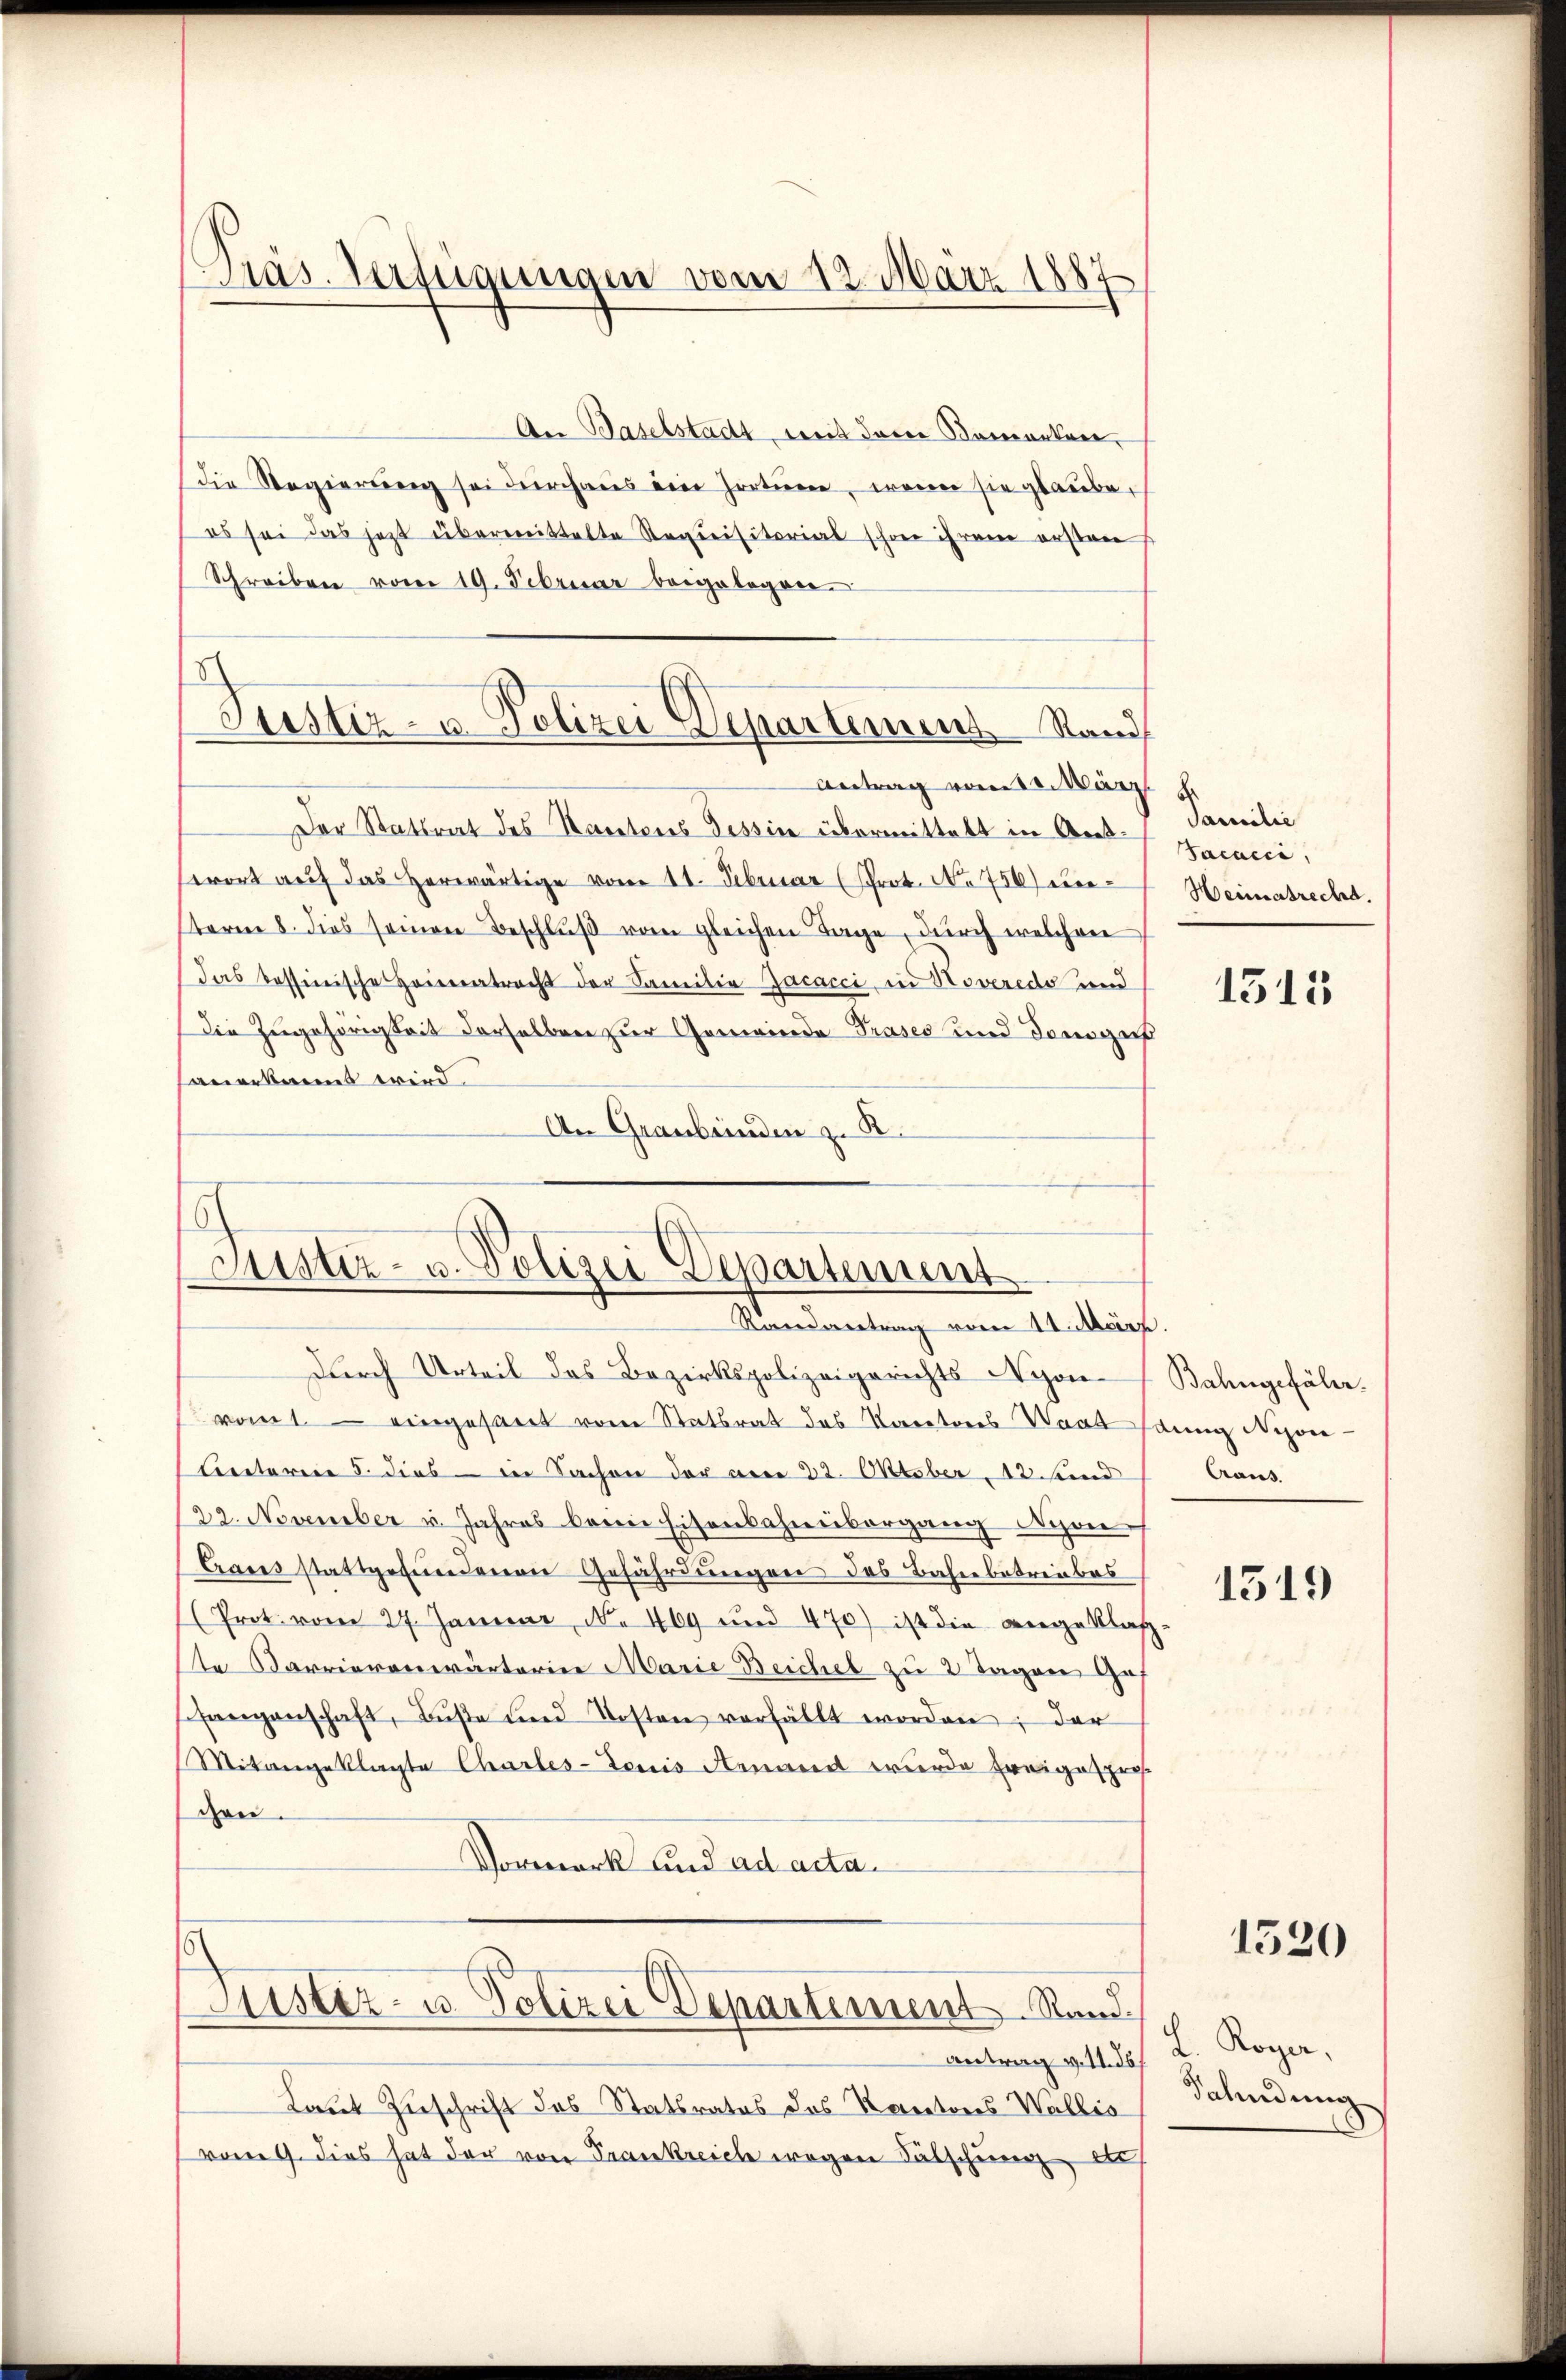
Präs. Verfügungen vom 12. März 1887

Justiz- u. Polizei Departement. Stand

An Baselstadt, mit derer Bemerken,
die Regierŭng sei durchaus ein Hortŭen, wenn sie glaube,
es sei das jetzt übermittelte Requisitorial schon ihrem ersten
Schreiben vom 19. Februar beigelegen.
Antrag vom 10. März
Der Stattrat des Sanatores Tessin übermittelt in Antsorort aŭf das herwärtige vom 11. Februar (Prot. No. 756) unterm 8. dies seinen Beschluß vom gleichen Tage, durch welchen
das possinische Heiratracht der Familie Jacacci, in Noveredo und
Die Zugehörigkeit derselben zur Gemeinde-Präses und demge
sauerkannt wird.
An Graubünden z. B.

Sistiz- u. Polizei Departement
Randantrag vom 11. März.

durch Urteil das Bezirkspolizeigerichts Nyon Bahngefäle.
vomt eingesart vom Statsrat das Karatores Waadt sang Nyon¬
Untereie 5. dies in Sachen der arre 22. Oktober 12. And
22. November u. Jahres beim Eisenbahnbergang Nyon¬
Crares stattgefundenen Gefährdungen das Bahnbetreibes
(Prot. vom 27. Januar N. 469 und 470) ist die angeklag-
te Karrieranwärterine Marie Beichel zu 2 Tagen Ges
sfangenschaft, Bŭβe ŭnd Kosten verfällt worden; der
Mitangeklagte Charles-Louis Aemand wurde Ereigespros.
chen.
Vormerk und ad acta¬

Lister- u. Polizei Departement Rand.

antrag v. 11. ds.
Laut Zuschrift des Statsrates das Kantones Wallis
vom 9. dies hat der von Trankreich wegen Fälschung de

Famili
Jacacci,
Heimatrecht.

1315

Craus.

1519

1520

L. Rogen,
Fahndung